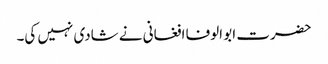
حضرت ابو الوفا افغانی نے شادی نہیں کی۔